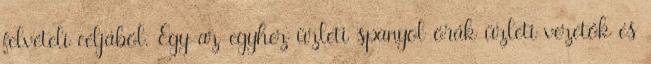
felvételi céljából. Egy-az-egyhez üzleti spanyol órák üzleti vezetők és